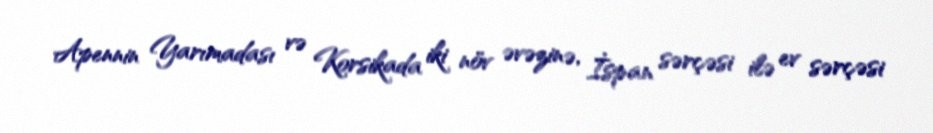
Apennin Yarımadası və Korsikada iki növ əvəzinə, İspan sərçəsi ilə ev sərçəsi